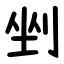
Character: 剉